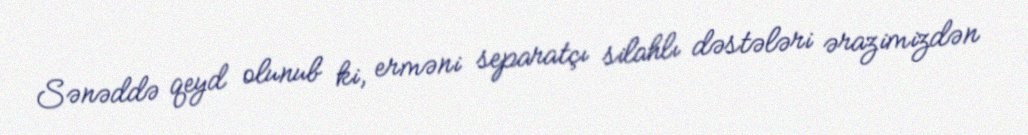
Sənəddə qeyd olunub ki, erməni separatçı silahlı dəstələri ərazimizdən